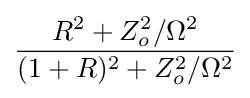
{\frac {R^{2}+Z_{o}^{2}/\Omega ^{2}}{(1+R)^{2}+Z_{o}^{2}/\Omega ^{2}}}